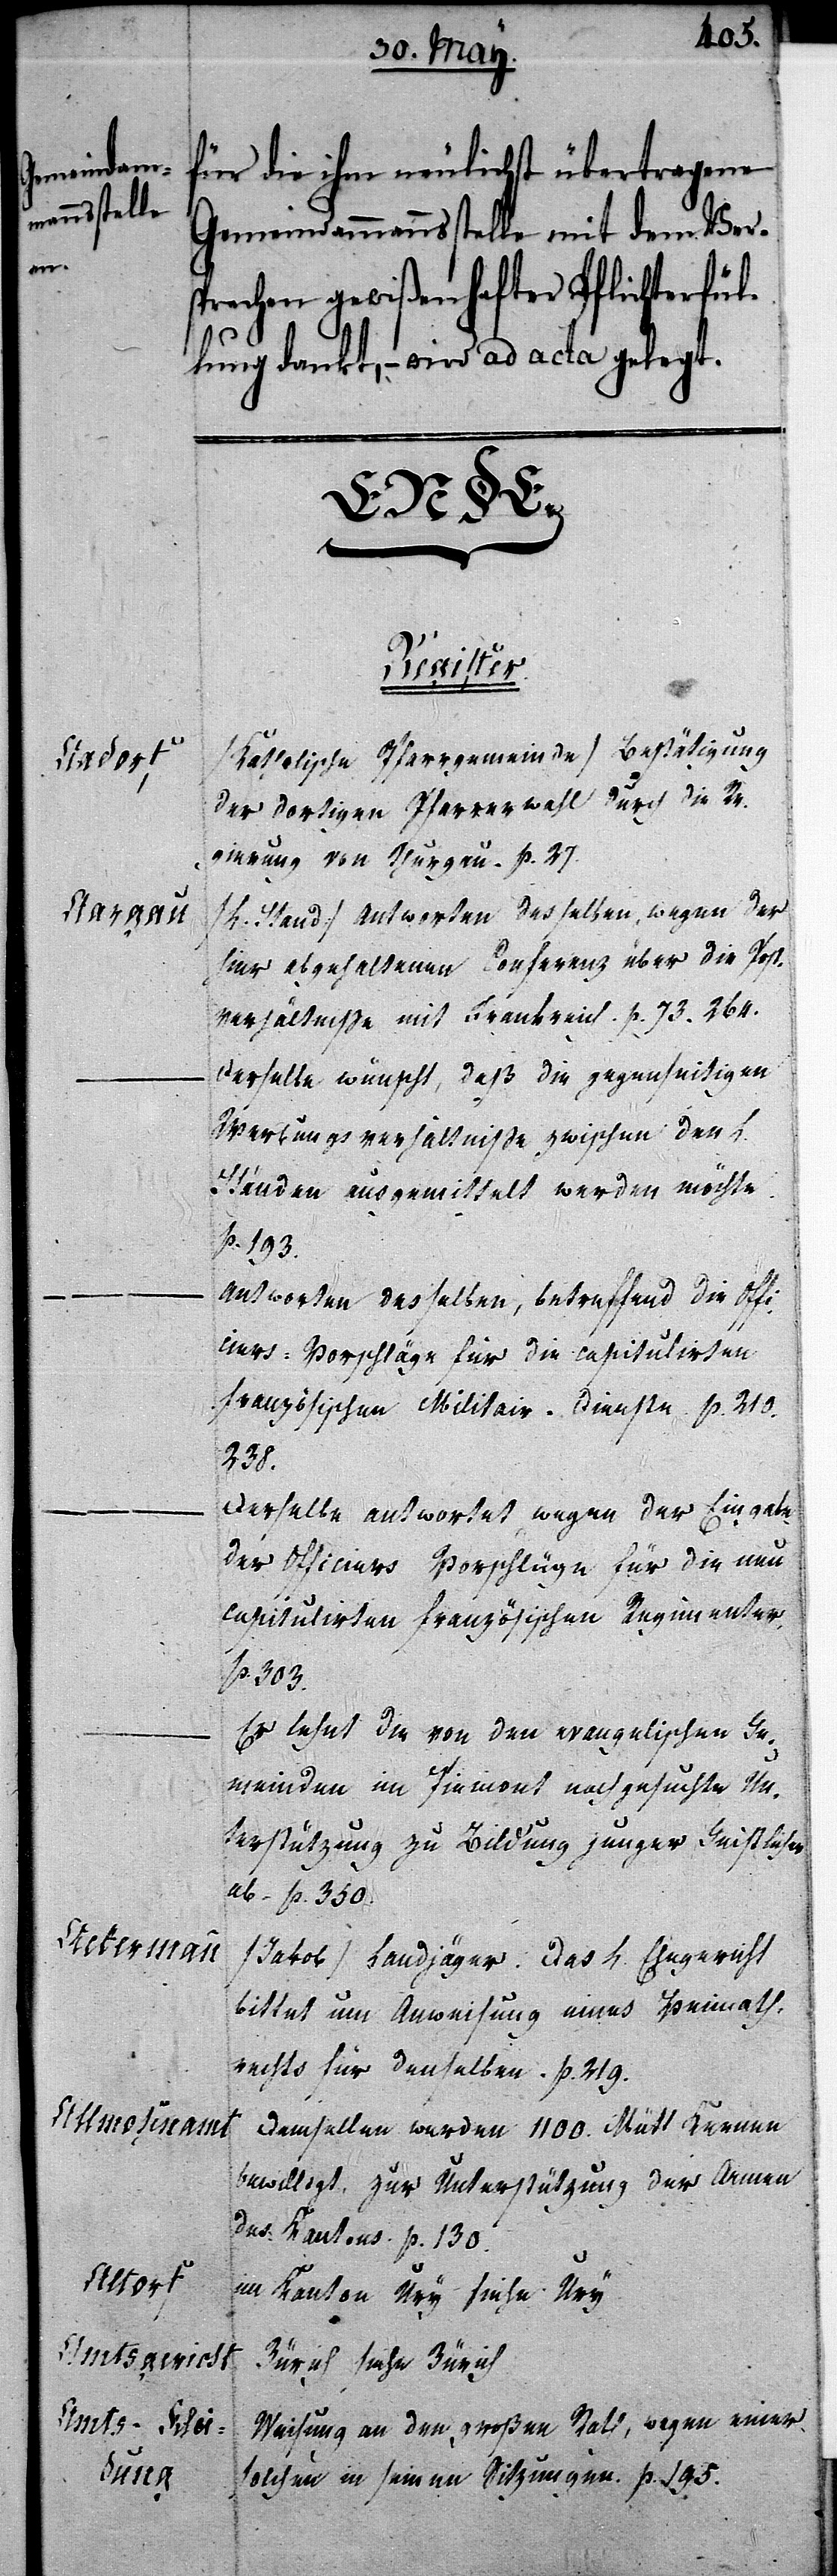
für die ihm neulichst übertragene
Gemeindammannsstelle mit dem Ver¬
sprechen gewißenhafter Pflichterfül¬
lung dankt, – wird ad acta gelegt.